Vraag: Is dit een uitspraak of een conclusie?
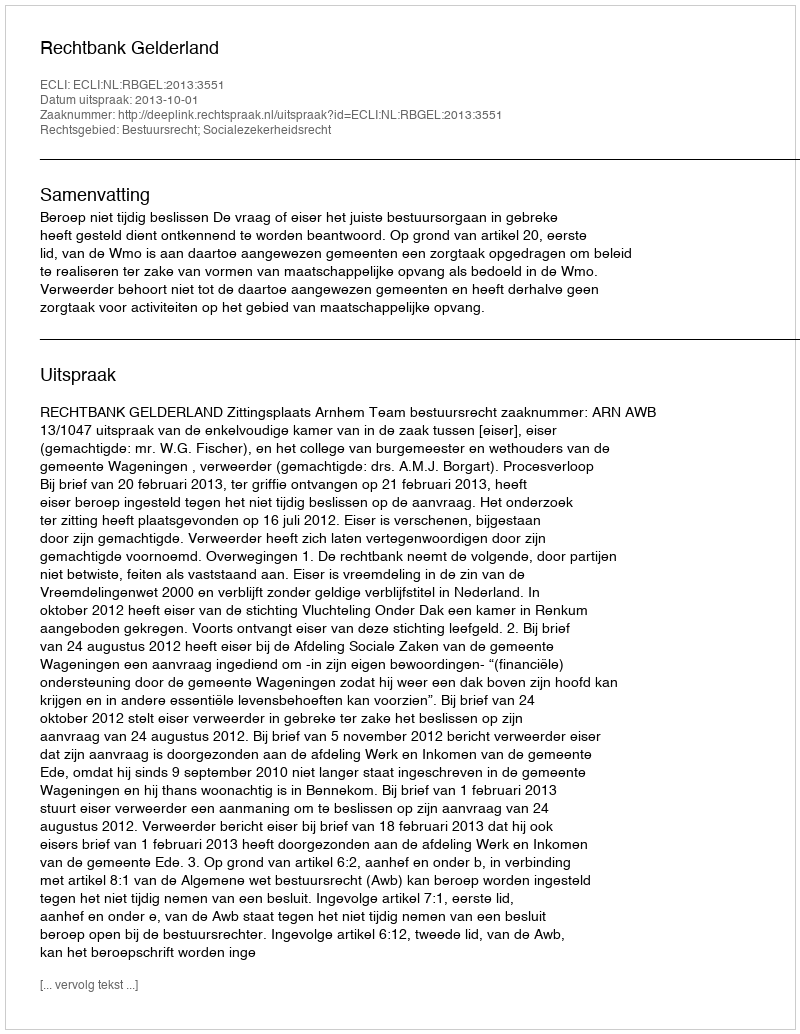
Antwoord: Uitspraak